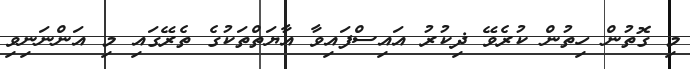
މި ގޮތުން ހިތުން ކުރެވޭ ޛިކުރު އައިސްފައިވާ އާޔަތްތަކުގެ ތެރޭގައި މި އަންނަނިވި